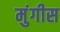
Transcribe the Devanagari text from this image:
मुंगीस